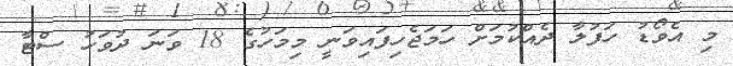
މި އެވޯޑު ހަފުލާ ދެއްކުމަށް ހަމަޖެހިފައިވަނީ މިމަހުގެ 18 ވަނަ ދުވަހު ސްޓާ